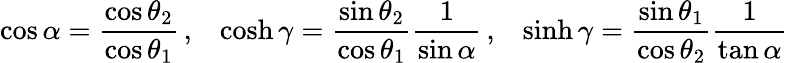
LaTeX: \cos\alpha=\frac{\cos\theta_{2}}{\cos\theta_{1}}\, ,\; \; \; \cosh\gamma=\frac{\sin\theta_{2}}{\cos\theta_{1}}\frac{1}{\sin\alpha}\, ,\; \; \; \sinh\gamma=\frac{\sin\theta_{1}}{\cos\theta_{2}}\frac{1}{\tan\alpha}